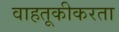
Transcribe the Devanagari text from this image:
वाहतूकीकरता